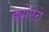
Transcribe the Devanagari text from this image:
ड्योएरो